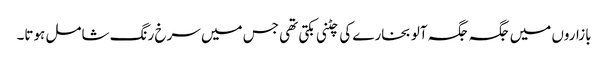
بازاروں میں جگہ جگہ آلو بخارے کی چٹنی بکتی تھی جس میں سرخ رنگ شامل ہوتا۔